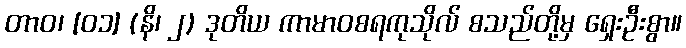
တာဝ၊ [၀၁] (နိ၊ ၂) ဒုတိယ ကာမာဝစရကုသိုလ် စသည်တို့မှ ရှေးဦးစွာ။